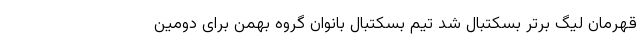
قهرمان لیگ برتر بسکتبال شد تیم بسکتبال بانوان گروه بهمن برای دومین